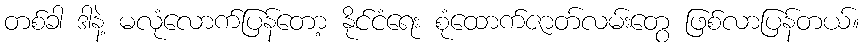
တစ်ခါ ဒါနဲ့ မလုံလောက်ပြန်တော့ နိုင်ငံရေး စုံထောက်ဇာတ်လမ်းတွေ ဖြစ်လာပြန်တယ်။